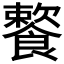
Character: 𩞌